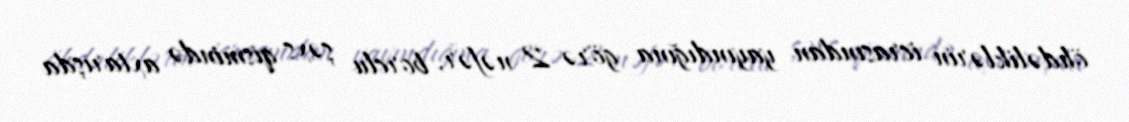
öhdəliklərin icrasından yayındığına görə 2 nəfər, borclu şəxs qismində axtarışda